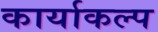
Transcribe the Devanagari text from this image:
कार्याकल्प